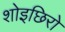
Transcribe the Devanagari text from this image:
शोइछिरो